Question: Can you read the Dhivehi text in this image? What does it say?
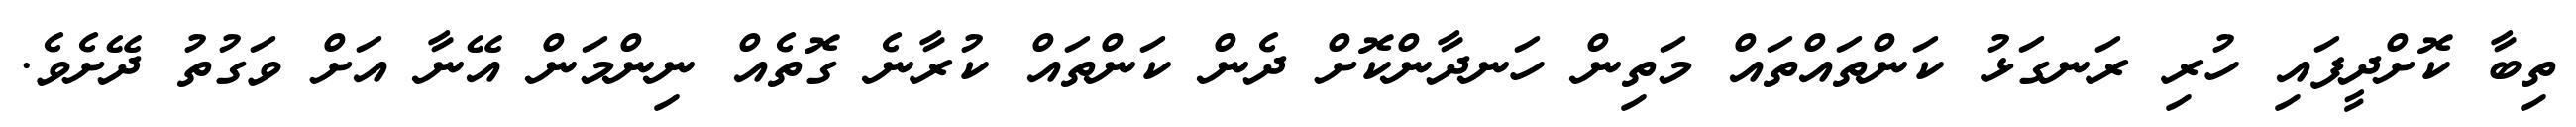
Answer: ތިބާ ކޮށްދީފައި ހުރި ރަނގަޅު ކަންތައްތައް މަތިން ހަނދާންކޮށް ދެން ކަންތައް ކުރާނެ ގޮތެއް ނިންމަން އޭނާ އަށް ވަގުތު ދޭށެވެ.